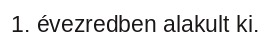
1. évezredben alakult ki.